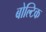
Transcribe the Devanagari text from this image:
बोल्टिक